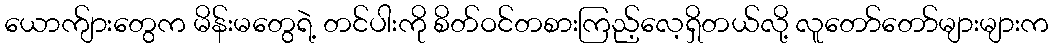
ယောက်ျားတွေက မိန်းမတွေရဲ့ တင်ပါးကို စိတ်ဝင်တစားကြည့်လေ့ရှိတယ်လို့ လူတော်တော်များများက